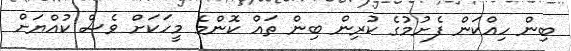
ބިން ހިއްކަން ފެށުމުގެ ކުރިން ބިން ތައް ކޮންމެ މީހަކަށް ވެސް ކުއްޔަށް